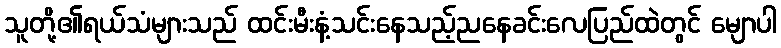
သူတို့၏ရယ်သံများသည် ထင်းမီးနံ့သင်းနေသည့်ညနေခင်းလေပြည်ထဲတွင် မျောပါ